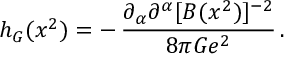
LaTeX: h _ { G } ( x ^ { 2 } ) = - \, { \frac { \partial _ { \alpha } \partial ^ { \alpha } [ B ( x ^ { 2 } ) ] ^ { - 2 } } { 8 \pi G e ^ { 2 } } } \, .